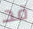
قد